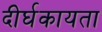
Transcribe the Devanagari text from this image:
दीर्घकायता